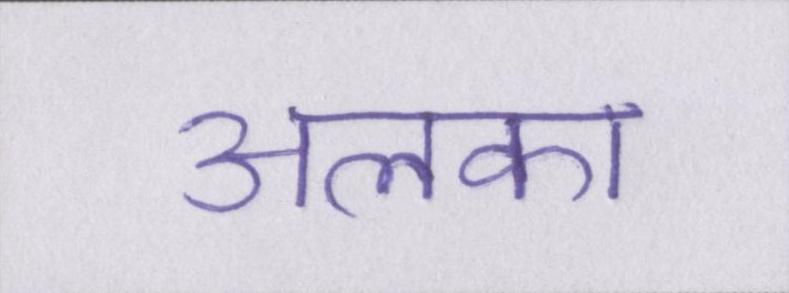
अलका